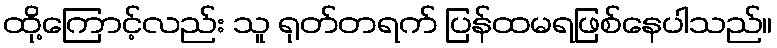
ထို့ကြောင့်လည်း သူ ရုတ်တရက် ပြန်ထမရဖြစ်နေပါသည်။